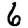
Digit: 6